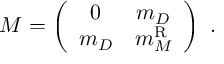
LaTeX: { \cal { M } } = \left( \begin{array} { c c } { { 0 } } & { { m _ { D } } } \\ { { m _ { D } } } & { { m _ { M } ^ { \mathrm { R } } } } \end{array} \right) ~ .